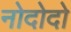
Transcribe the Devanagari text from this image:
नोदोदो